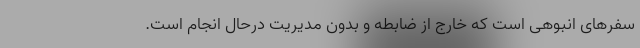
سفرهای انبوهی است که خارج از ضابطه و بدون مدیریت درحال انجام است.